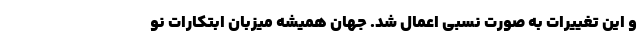
و این تغییرات به صورت نسبی اعمال شد. جهان همیشه میزبان ابتکارات نو